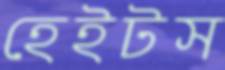
হেইটস